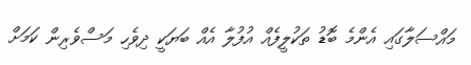
މައްސަލާގައި އެންމެ ބޮޑު ތަކުލީފެއް އުފުލާ އެއް ބަޔަކީ ދިވެހި މަސްވެރިން ކަމަށް